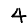
Digit: 4